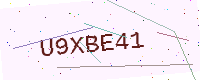
Text: U9XBE41